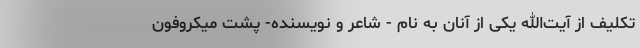
تکلیف از آیت‌الله یکی از آنان به نام - شاعر و نویسنده- پشت میکروفون